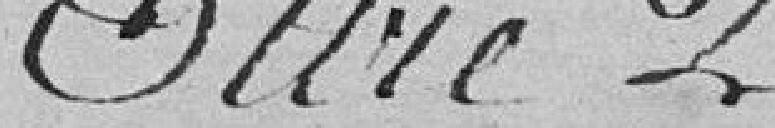
Livre 2